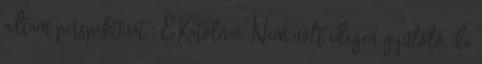
adtam perspektívát : E.Katolnai: Nem volt idegen gyűlölő, de